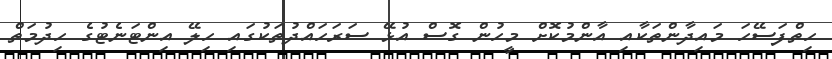
ހިތްފަސޭހަ މައިދާންތަކާއި އާންމުކޮށް މީހުން ގޮސް އުޅޭ ސަރަހައްދުތަކުގައި ހިލޭ އިންޓަނެޓުގެ ހިދުމަތް